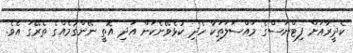
ކެދީރާއަށް ފިޓްނަސްގެ މައްސަލަތަކާ ހެދި ކުޅެވޭނެކަން އަދި އޮތީ ނޭންގުމެއްގެ ތެރޭގަ އެވެ.